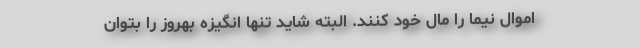
اموال نیما را مال خود کنند.‌ البته شاید تنها انگیزه بهروز را بتوان